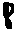
Text: 8